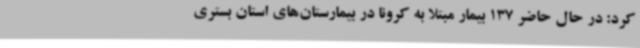
کرد: در حال حاضر 137 بیمار مبتلا به کرونا در بیمارستان‌های استان بستری